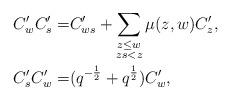
LaTeX: \begin{align*} C'_wC'_s=&C'_{ws}+\sum_{\substack{z\leq w\\ zs<z}}\mu(z,w)C'_z,\\ C'_sC'_w=&(q^{-\frac{1}{2}}+q^{\frac{1}{2}})C'_w,\end{align*}